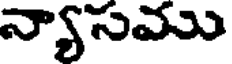
న్యాసము